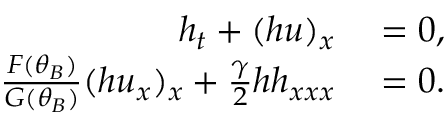
\begin{array} { r l } { h _ { t } + ( h u ) _ { x } } & { { } = 0 , } \\ { \frac { F ( \theta _ { B } ) } { G ( \theta _ { B } ) } ( h u _ { x } ) _ { x } + \frac { \gamma } { 2 } h h _ { x x x } } & { { } = 0 . } \end{array}